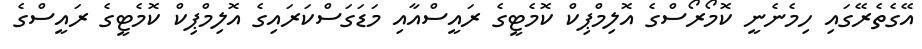
އޭގެތެރޭގައި ހިމެނެނީ ކޮމޯރޯސްގެ އޮލިމްޕިކް ކޮމެޓީގެ ރައީސްއާއި މަޑަގަސްކަރައިގެ އޮލިމްޕިކް ކޮމެޓީގެ ރައީސްގެ